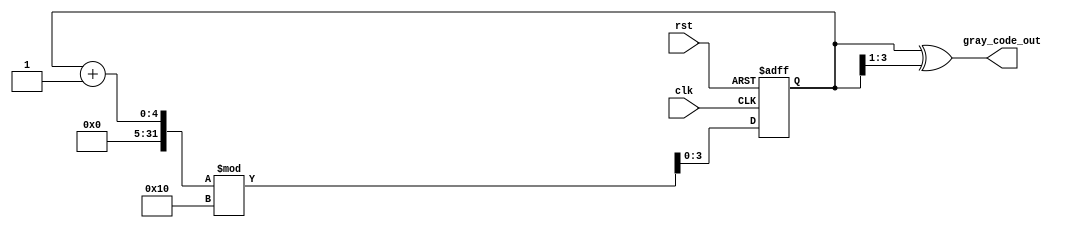
module gray_code_counter #(parameter N = 4) (
    input wire clk,          // Clock signal
    input wire rst,          // Reset signal
    output reg [N-1:0] gray_code_out // Gray Code output
);

    reg [N-1:0] binary_count; // Register to hold the binary count

    // Binary to Gray Code conversion
    function [N-1:0] binary_to_gray;
        input [N-1:0] binary;
        begin
            binary_to_gray = binary ^ (binary >> 1);
        end
    endfunction

    always @(posedge clk or posedge rst) begin
        if (rst) begin
            binary_count <= 0; // Reset binary count to 0
        end else begin
            // Increment the binary count
            binary_count <= (binary_count + 1) % (1 << N); // Wrap around at 2^N
        end
    end

    always @(*) begin
        // Convert binary count to Gray Code
        gray_code_out = binary_to_gray(binary_count);
    end

endmodule